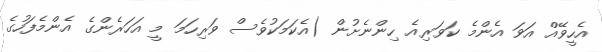
އެހީވޭއް އަވަ އެންމެ ކަވަރިއެ ހިންނެށުން (އެކަމަކުވެސް ވަރިހަމަ މީ އަހަރެންގެ އެންމެފަހުގެ